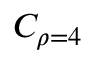
C _ { \rho = 4 }